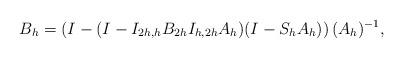
LaTeX: \begin{align*}B_{h} = \left(I-(I-I_{2h,h}B_{2h}I_{h,2h}A_h)(I-S_hA_h)\right)(A_h)^{-1}, \end{align*}